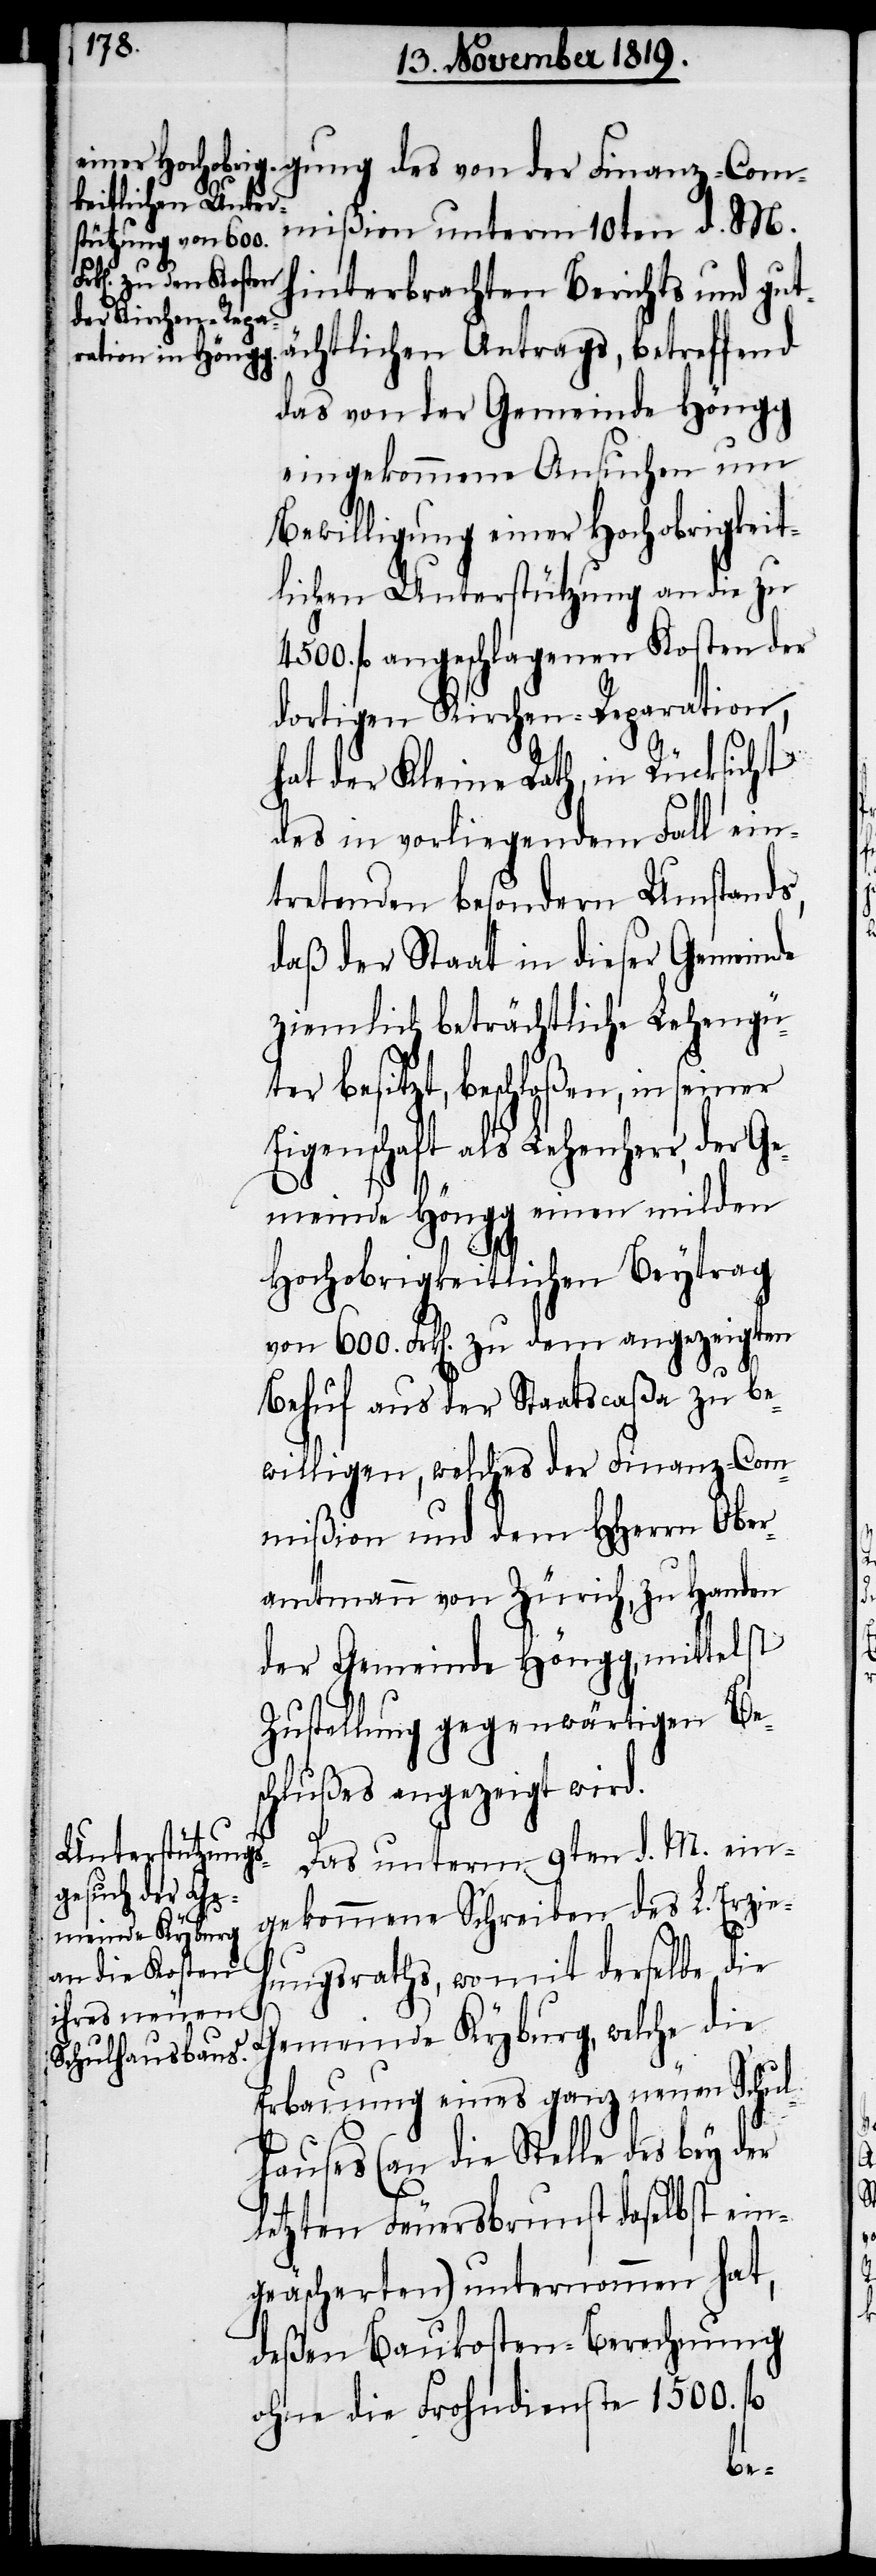
z-Co¬
mmißion unterm 10ten d. M.
des von der Finan¬
hinterbrachten Berichts und gut¬
ächtlichen Antrags, betreffend
das von der Gemeinde Höngg
eingekommene Ansuchen um
Bewilligung einer Hochobrigkeit¬
lichen Unterstützung an die zu
4500. fl. angeschlagenen Kosten der
dortigen Kirchen-Reparation,
hat der Kleine Rath, in Rücksicht
des in vorliegendem Fall ein¬
tretenden besondern Umstands,
daß der Staat in dieser Gemeinde
ziemlich beträchtliche Lehengü¬
ter besitzt, beschloßen, in seiner
Eigenschaft als Lehenherr, der Ge¬
meinde Höngg einen milden
Hochobrigkeitlichen Beytrag
von 600. Frk[en]. zu dem angezeigten
Behuf aus der Staatscaßa zu be¬
willigen, welches der Finanz-Com¬
mißion und dem HHerrn Ober¬
amtmann von Zürich, zu Handen
der Gemeinde Höngg, mittelst
Zustellung gegenwärtigen Be¬
schlußes angezeigt wird.
Das unterm 9ten d. M. ein¬
gekommene Schreiben des L. Erzie¬
hungsraths, womit derselbe die
Gemeinde Kyburg, welche die
Erbauung eines ganz neuen Schul¬
hauses (an die Stelle des bey der
letzten Feuersbrunst daselbst ein¬
geäscherten) unternommen hat,
deßen Baukosten-Berechnung
ohne die Frohndienste 1500. fl.